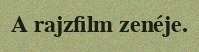
A rajzfilm zenéje.